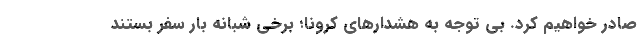
صادر خواهیم کرد. بی توجه به هشدار‌های کرونا؛ برخی شبانه بار سفر بستند